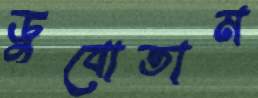
ডুবোতাম